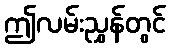
ဤလမ်းညွှန်တွင်